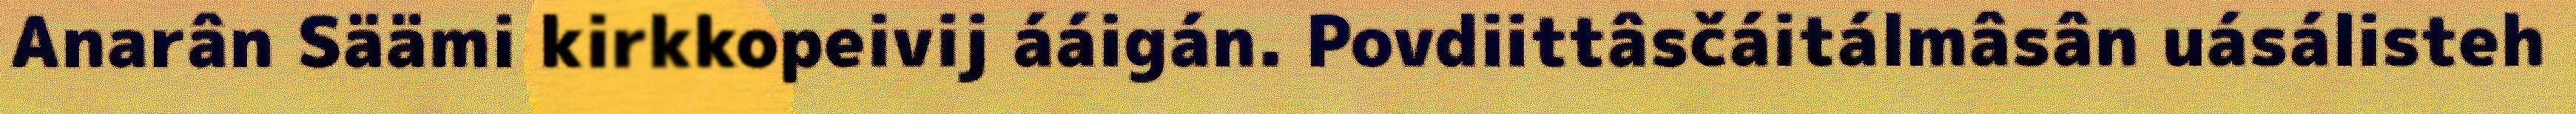
Anarân Säämi kirkkopeivij ááigán. Povdiittâsčáitálmâsân uásálisteh